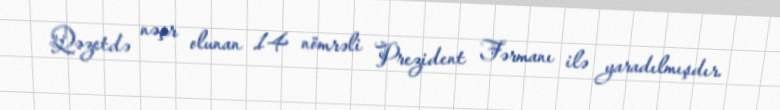
Qəzetdə nəşr olunan 14 nömrəli Prezident Fərmanı ilə yaradılmışdır.